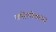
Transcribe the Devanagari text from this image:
तषोलोकाय